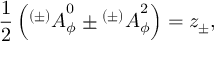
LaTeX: { \frac { 1 } { 2 } } \left( { ^ { ( \pm ) } A } _ { \phi } ^ { 0 } \pm { ^ { ( \pm ) } A } _ { \phi } ^ { 2 } \right) = z _ { \pm } ,